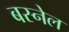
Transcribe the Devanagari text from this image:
बस्नेल